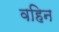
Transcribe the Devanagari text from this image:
वहिन